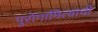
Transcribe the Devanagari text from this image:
पुरोगामित्वाची